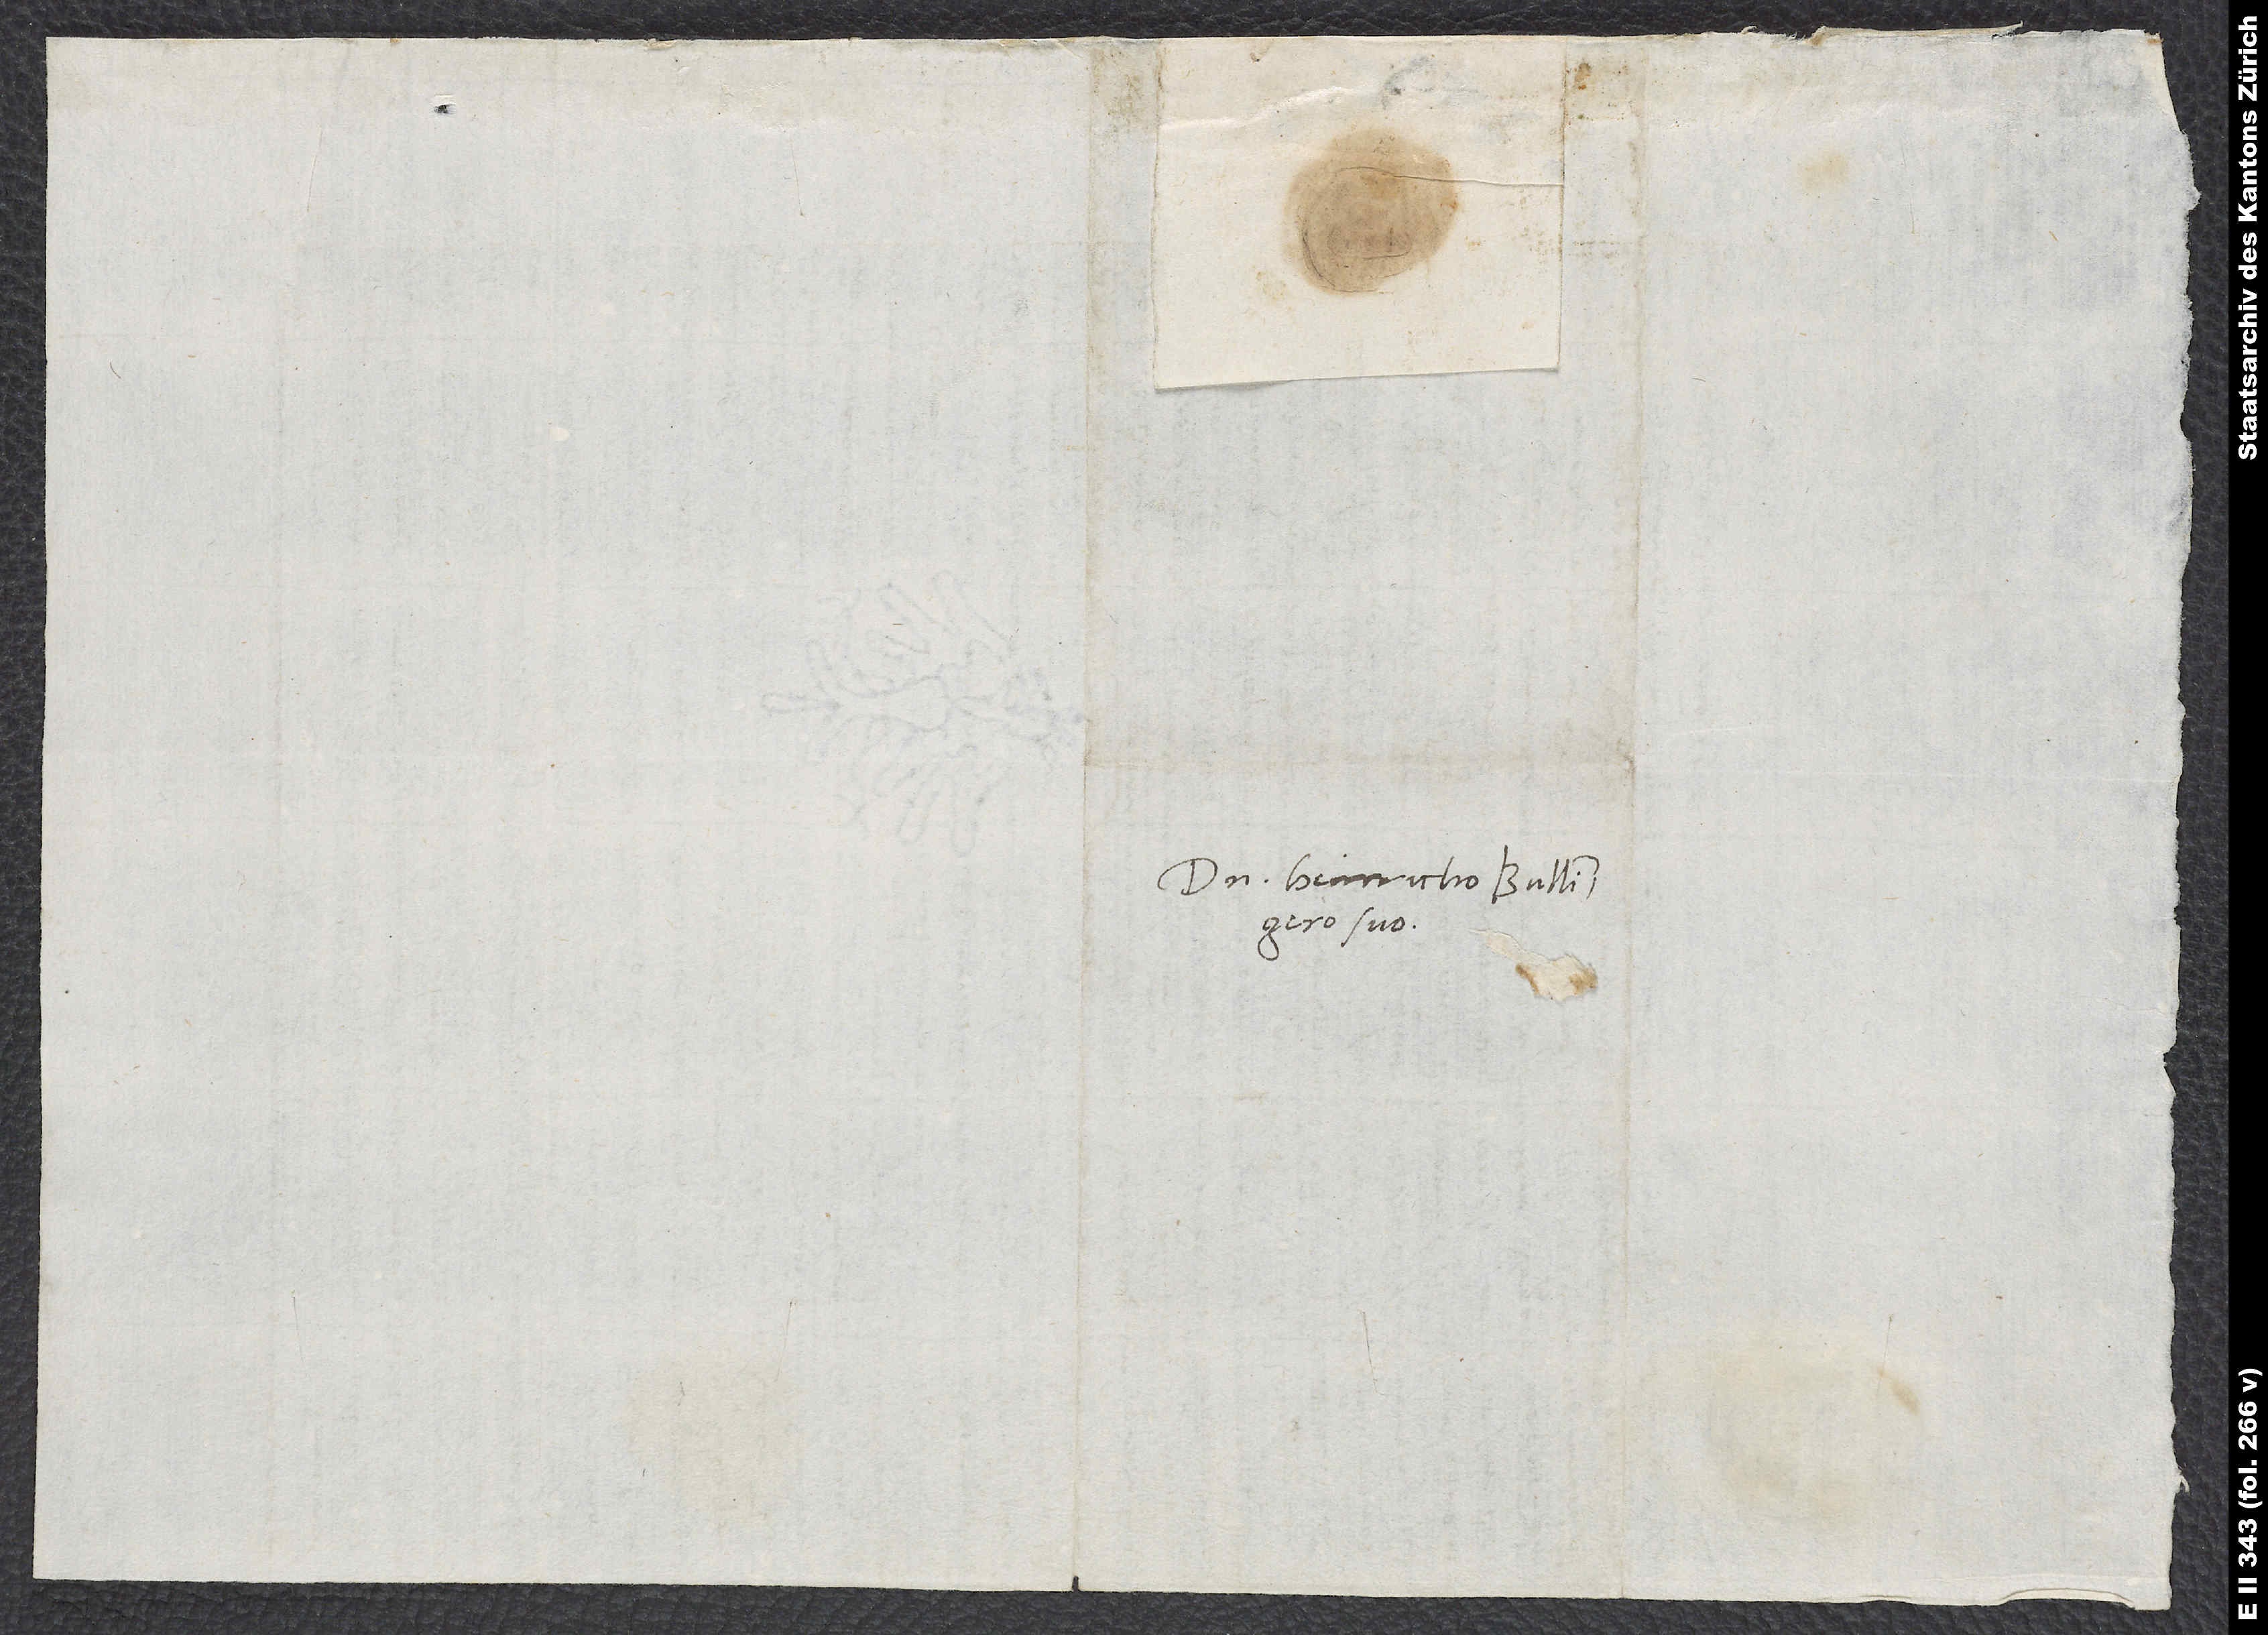
Domino Heinricho Bullingero
suo.